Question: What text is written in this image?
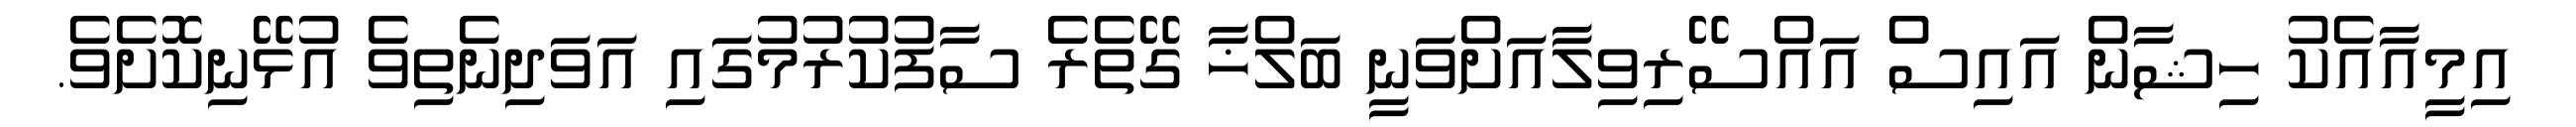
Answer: އިމީއާއެކު ހިޝާން އައިސް އައްސޭރިވިލާއަށްވަނީ ބަލްޚާ ގޭތެރެ ސާފުކުރުމުގައި އަވަދިނެތިވެ އުޅޭނިކޮށެވެ.